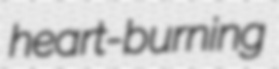
heart-burning